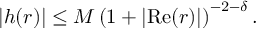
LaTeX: \vert h ( r ) \vert \leq M \left( 1 + \vert { \mathrm { R e } } ( r ) \vert \right) ^ { - 2 - \delta } .